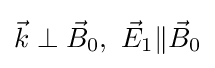
{\vec {k}}\perp {\vec {B}}_{0},\ {\vec {E}}_{1}\|{\vec {B}}_{0}